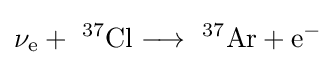
\mathrm {\nu _{e}+\ ^{37}Cl\longrightarrow \ ^{37}Ar+e^{-}}